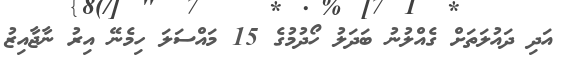
އަދި ދައުލަތަށް ގެއްލުނު ބަދަލު ހޯދުމުގެ 15 މައްސަލަ ހިމެނޭ އިރު ނާޖާއިޒު